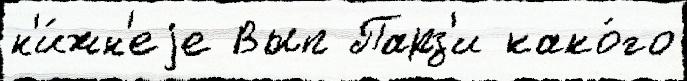
н'и́жн'еjе Вып Парз'и како́го